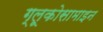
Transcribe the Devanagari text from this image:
ग्लूकोसामाइन